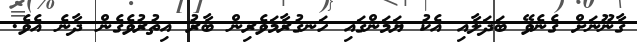
ގާނޫނަށް ގެނެވޭ ބަދަލާއި އެކު ޔަމަންގައި ހަނގުރާމަވެރިން ބާރު އިތުރުވެގެން ދާނެ އެވެ.